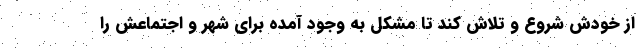
از خودش شروع و تلاش کند تا مشکل به وجود آمده برای شهر و اجتماعش را